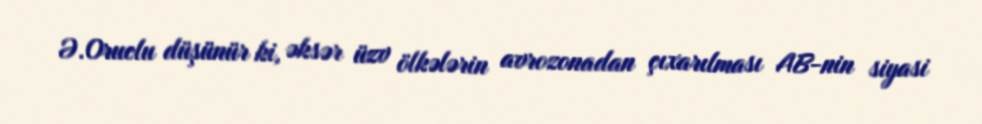
Ə.Oruclu düşünür ki, əksər üzv ölkələrin avrozonadan çıxarılması AB-nin siyasi